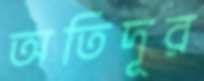
অতিদূর